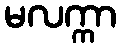
မလက္ကာ